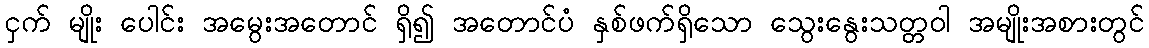
ငှက် မျိုး ပေါင်း အမွေးအတောင် ရှိ၍ အတောင်ပံ နှစ်ဖက်ရှိသော သွေးနွေးသတ္တဝါ အမျိုးအစားတွင်